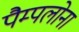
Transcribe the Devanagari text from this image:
पैम्पलोना